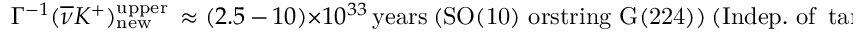
\Gamma ^ { - 1 } ( \overline { { { \nu } } } K ^ { + } ) _ { \mathrm { n e w } } ^ { \mathrm { u p p e r } } \, \approx ( 2 . 5 \, \mathrm { - } \, 1 0 ) \times 1 0 ^ { 3 3 } \, \mathrm { y e a r s } \ \mathrm { ( S O ( 1 0 ) ~ o r s t r i n g ~ G ( 2 2 4 ) ) } \ ( \mathrm { I n d e p . ~ o f ~ } \tan \beta ) \ .